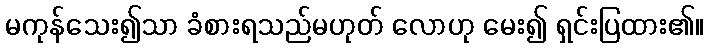
မကုန်သေး၍သာ ခံစားရသည်မဟုတ် လောဟု မေး၍ ရှင်းပြထား၏။